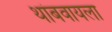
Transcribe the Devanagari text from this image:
थांबवायला